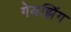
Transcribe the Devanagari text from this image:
गेयझिंग